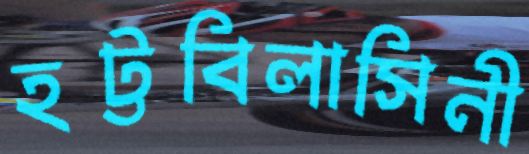
হট্টবিলাসিনী